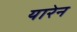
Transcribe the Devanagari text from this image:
यारेन